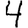
Digit: 4